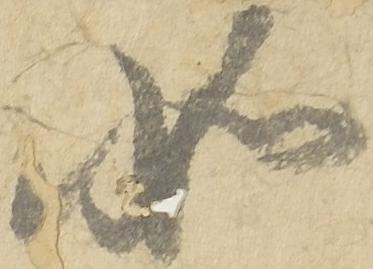
如